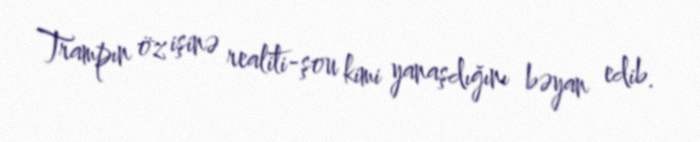
Trampın öz işinə realiti-şou kimi yanaşdığını bəyan edib.